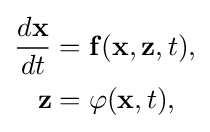
{\begin{aligned}{\frac {d\mathbf {x} }{dt}}&=\mathbf {f} (\mathbf {x} ,\mathbf {z} ,t),\\\mathbf {z} &=\varphi (\mathbf {x} ,t),\end{aligned}}